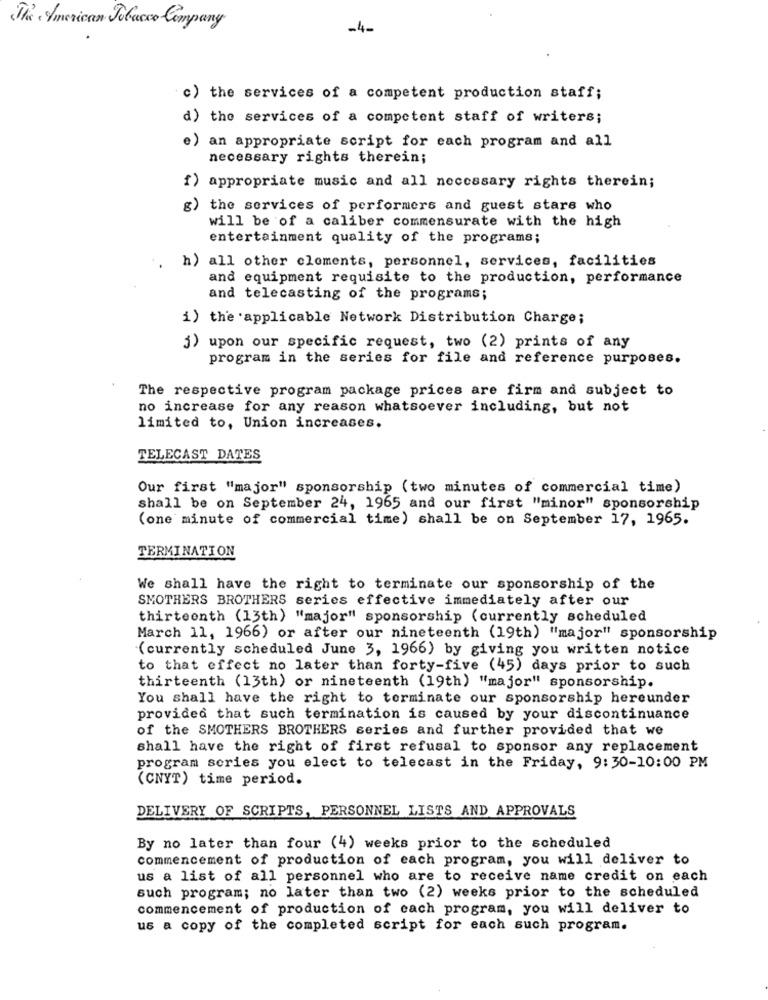
The American Tobacco Company
-4-
c) the services of a competent production staff;
d) the services of a competent staff of writers;
e) an appropriate script for each program and all
necessary rights therein;
f) appropriate music and all necessary rights therein;
g) the services of performers and guest stars who
will be of a caliber commensurate with the high
entertainment quality of the programs;
h) all other clements, personnel, services, facilities
and equipment requisite to the production, performance
and telecasting of the programs;
1) the applicable Network Distribution Charge;
j) upon our specific request, two (2) prints of any
program in the series for file and reference purposes.
The respective program package prices are firm and subject to
no increase for any reason whatsoever including, but not
limited to, Union increases.
TELECAST DATES
Our first "major" sponsorship (two minutes of commercial time)
shall be on September 24, 1965 and our first "minor" sponsorship
(one minute of commercial time) shall be on September 17, 1965.
TERMINATION
We shall have the right to terminate our sponsorship of the
SMOTHERS BROTHERS series effective immediately after our
thirteenth (13th) "major" sponsorship (currently scheduled
March 11, 1966) or after our nineteenth (19th) "major" sponsorship
(currently scheduled June 3, 1966) by giving you written notice
to that effect no later than forty-five (45) days prior to such
thirteenth (13th) or nineteenth (19th) "major" sponsorship.
You shall have the right to terminate our sponsorship hereunder
provided that such termination is caused by your discontinuance
of the SMOTHERS BROTHERS series and further provided that we
shall have the right of first refusal to sponsor any replacement
program series you elect to telecast in the Friday, 9:30-10:00 PM
(CNYT) time period.
DELIVERY OF SCRIPTS, PERSONNEL LISTS AND APPROVALS
By no later than four (4) weeks prior to the scheduled
commencement of production of each program, you will deliver to
us a list of all personnel who are to receive name credit on each
such program; no later than two (2) weeks prior to the scheduled
commencement of production of cach program, you will deliver to
us a copy of the completed script for each such program.